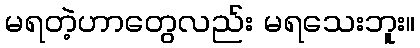
မရတဲ့ဟာတွေလည်း မရသေးဘူး။